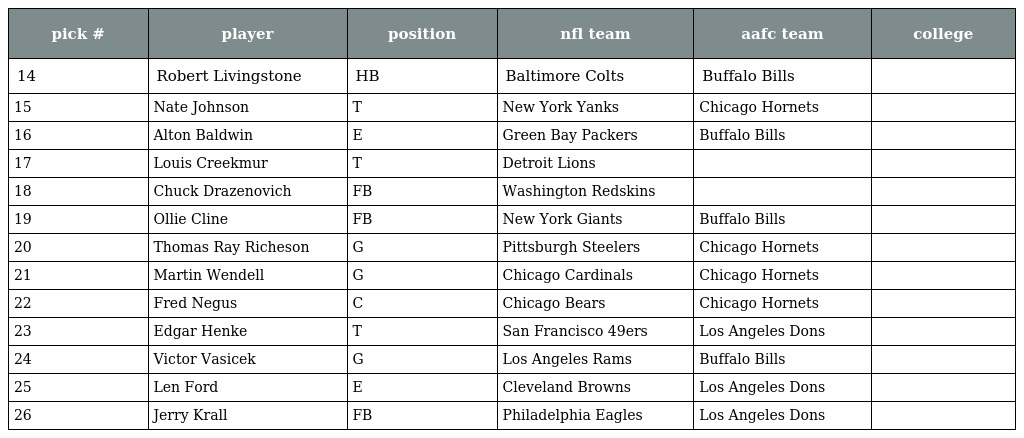
| pick # | player | position | nfl team | aafc team | college |
 | --- | --- | --- | --- | --- | --- |
 | 14 | Robert Livingstone | HB | Baltimore Colts | Buffalo Bills |  |
 | 15 | Nate Johnson | T | New York Yanks | Chicago Hornets |  |
 | 16 | Alton Baldwin | E | Green Bay Packers | Buffalo Bills |  |
 | 17 | Louis Creekmur | T | Detroit Lions |  |  |
 | 18 | Chuck Drazenovich | FB | Washington Redskins |  |  |
 | 19 | Ollie Cline | FB | New York Giants | Buffalo Bills |  |
 | 20 | Thomas Ray Richeson | G | Pittsburgh Steelers | Chicago Hornets |  |
 | 21 | Martin Wendell | G | Chicago Cardinals | Chicago Hornets |  |
 | 22 | Fred Negus | C | Chicago Bears | Chicago Hornets |  |
 | 23 | Edgar Henke | T | San Francisco 49ers | Los Angeles Dons |  |
 | 24 | Victor Vasicek | G | Los Angeles Rams | Buffalo Bills |  |
 | 25 | Len Ford | E | Cleveland Browns | Los Angeles Dons |  |
 | 26 | Jerry Krall | FB | Philadelphia Eagles | Los Angeles Dons |  |